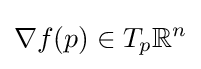
\nabla f(p)\in T_{p}\mathbb {R} ^{n}